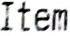
ITEM